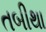
તબીથા